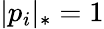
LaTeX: |p_{i}|_{*}=1